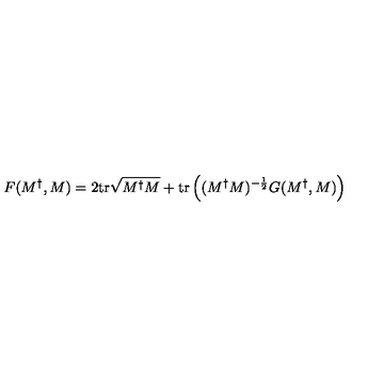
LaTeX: F ( M ^ { \dag } , M ) = 2 \mathrm { t r } \sqrt { M ^ { \dag } M } + \mathrm { t r } \left( ( M ^ { \dag } M ) ^ { - { \frac { 1 } { 2 } } } G ( M ^ { \dag } , M ) \right)